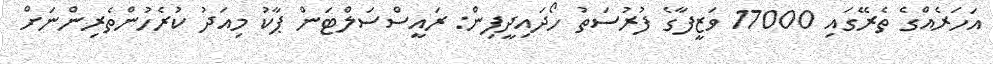
އަހަރެއްގެ ތެރޭގައި 17000 ވަޒީފާގެ ފުރުސަތު ހޯދައިދީފިން: ރައީސްސަލްޓަން ޕާކު މިއަދު ކުރެހުންތެރިންނަށް